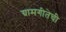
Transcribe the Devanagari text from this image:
ग्रामगीतेची